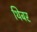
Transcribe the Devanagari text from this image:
थिबर